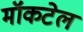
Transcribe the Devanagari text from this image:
मॉकटेल